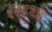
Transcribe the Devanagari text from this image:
रस्थ